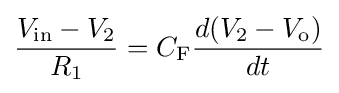
{\frac {V_{\text{in}}-V_{\text{2}}}{R_{\text{1}}}}=C_{\text{F}}{\frac {d(V_{\text{2}}-V_{\text{o}})}{dt}}